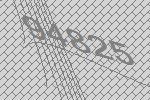
94825